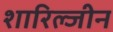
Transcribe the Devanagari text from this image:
शारिल्जीन